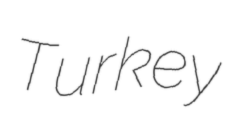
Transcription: Turkey